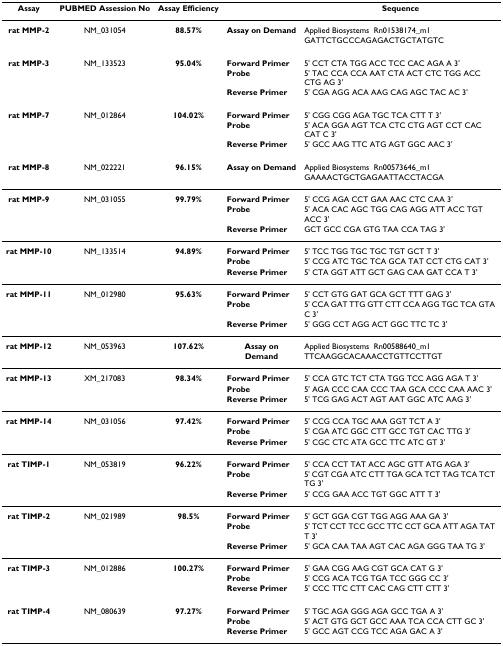
<table><thead><tr><td><b>Assay</b></td><td><b>PUBMED Assession No</b></td><td><b>Assay Efficiency</b></td><td></td><td><b>Sequence</b></td></tr></thead><tbody><tr><td><b>rat MMP-2</b></td><td>NM_031054</td><td><b>88.57%</b></td><td><b>Assay on Demand</b></td><td>Applied Biosystems - Rn01538174_m1</td></tr><tr><td></td><td></td><td></td><td></td><td>GATTCTGCCCAGAGACTGCTATGTC</td></tr><tr><td><b>rat MMP-3</b></td><td>NM_133523</td><td><b>95.04%</b></td><td><b>Forward Primer</b></td><td>5&#x27; CCT CTA TGG ACC TCC CAC AGA A 3&#x27;</td></tr><tr><td></td><td></td><td></td><td><b>Probe</b></td><td>5&#x27; TAC CCA CCA AAT CTA ACT CTC TGG ACC CTG AG 3&#x27;</td></tr><tr><td></td><td></td><td></td><td><b>Reverse Primer</b></td><td>5&#x27; CGA AGG ACA AAG CAG AGC TAC AC 3&#x27;</td></tr><tr><td><b>rat MMP-7</b></td><td>NM_012864</td><td><b>104.02%</b></td><td><b>Forward Primer</b></td><td>5&#x27; CGG CGG AGA TGC TCA CTT T 3&#x27;</td></tr><tr><td></td><td></td><td></td><td><b>Probe</b></td><td>5&#x27; ACA GGA AGT TCA CTC CTG AGT CCT CAC CAT C 3&#x27;</td></tr><tr><td></td><td></td><td></td><td><b>Reverse Primer</b></td><td>5&#x27; GCC AAG TTC ATG AGT GGC AAC 3&#x27;</td></tr><tr><td><b>rat MMP-8</b></td><td>NM_022221</td><td><b>96.15%</b></td><td><b>Assay on Demand</b></td><td>Applied Biosystems - Rn00573646_m1</td></tr><tr><td></td><td></td><td></td><td></td><td>GAAAACTGCTGAGAATTACCTACGA</td></tr><tr><td><b>rat MMP-9</b></td><td>NM_031055</td><td><b>99.79%</b></td><td><b>Forward Primer</b></td><td>5&#x27; CCG AGA CCT GAA AAC CTC CAA 3&#x27;</td></tr><tr><td></td><td></td><td></td><td><b>Probe</b></td><td>5&#x27; ACA CAC AGC TGG CAG AGG ATT ACC TGT ACC 3&#x27;</td></tr><tr><td></td><td></td><td></td><td><b>Reverse Primer</b></td><td>GCT GCC CGA GTG TAA CCA TAG 3&#x27;</td></tr><tr><td><b>rat MMP-10</b></td><td>NM_133514</td><td><b>94.89%</b></td><td><b>Forward Primer</b></td><td>5&#x27; TCC TGG TGC TGC TGT GCT T 3&#x27;</td></tr><tr><td></td><td></td><td></td><td><b>Probe</b></td><td>5&#x27; CCG ATC TGC TCA GCA TAT CCT CTG CAT 3&#x27;</td></tr><tr><td></td><td></td><td></td><td><b>Reverse Primer</b></td><td>5&#x27; CTA GGT ATT GCT GAG CAA GAT CCA T 3&#x27;</td></tr><tr><td><b>rat MMP-11</b></td><td>NM_012980</td><td><b>95.63%</b></td><td><b>Forward Primer</b></td><td>5&#x27; CCT GTG GAT GCA GCT TTT GAG 3&#x27;</td></tr><tr><td></td><td></td><td></td><td><b>Probe</b></td><td>5&#x27; CCA GAT TTG GTT CTT CCA AGG TGC TCA GTA C 3&#x27;</td></tr><tr><td></td><td></td><td></td><td><b>Reverse Primer</b></td><td>5&#x27; GGG CCT AGG ACT GGC TTC TC 3&#x27;</td></tr><tr><td><b>rat MMP-12</b></td><td>NM_053963</td><td><b>107.62%</b></td><td><b>Assay on</b></td><td>Applied Biosystems - Rn00588640_m1</td></tr><tr><td></td><td></td><td></td><td><b>Demand</b></td><td>TTCAAGGCACAAACCTGTTCCTTGT</td></tr><tr><td><b>rat MMP-13</b></td><td>XM_217083</td><td><b>98.34%</b></td><td><b>Forward Primer</b></td><td>5&#x27; CCA GTC TCT CTA TGG TCC AGG AGA T 3&#x27;</td></tr><tr><td></td><td></td><td></td><td><b>Probe</b></td><td>5&#x27; AGA CCC CAA CCC TAA GCA CCC CAA AAC 3&#x27;</td></tr><tr><td></td><td></td><td></td><td><b>Reverse Primer</b></td><td>5&#x27; TCG GAG ACT AGT AAT GGC ATC AAG 3&#x27;</td></tr><tr><td><b>rat MMP-14</b></td><td>NM_031056</td><td><b>97.42%</b></td><td><b>Forward Primer</b></td><td>5&#x27; CCG CCA TGC AAA GGT TCT A 3&#x27;</td></tr><tr><td></td><td></td><td></td><td><b>Probe</b></td><td>5&#x27; CGA ATC GGC CTT GCC TGT CAC TTG 3&#x27;</td></tr><tr><td></td><td></td><td></td><td><b>Reverse Primer</b></td><td>5&#x27; CGC CTC ATA GCC TTC ATC GT 3&#x27;</td></tr><tr><td><b>rat TIMP-1</b></td><td>NM_053819</td><td><b>96.22%</b></td><td><b>Forward Primer</b></td><td>5&#x27; CCA CCT TAT ACC AGC GTT ATG AGA 3&#x27;</td></tr><tr><td></td><td></td><td></td><td><b>Probe</b></td><td>5&#x27; CGT CGA ATC CTT TGA GCA TCT TAG TCA TCT TG 3&#x27;</td></tr><tr><td></td><td></td><td></td><td><b>Reverse Primer</b></td><td>5&#x27; CCG GAA ACC TGT GGC ATT T 3&#x27;</td></tr><tr><td><b>rat TIMP-2</b></td><td>NM_021989</td><td><b>98.5%</b></td><td><b>Forward Primer</b></td><td>5&#x27; GCT GGA CGT TGG AGG AAA GA 3&#x27;</td></tr><tr><td></td><td></td><td></td><td><b>Probe</b></td><td>5&#x27; TCT CCT TCC GCC TTC CCT GCA ATT AGA TAT T 3&#x27;</td></tr><tr><td></td><td></td><td></td><td><b>Reverse Primer</b></td><td>5&#x27; GCA CAA TAA AGT CAC AGA GGG TAA TG 3&#x27;</td></tr><tr><td><b>rat TIMP-3</b></td><td>NM_012886</td><td><b>100.27%</b></td><td><b>Forward Primer</b></td><td>5&#x27; GAA CGG AAG CGT GCA CAT G 3&#x27;</td></tr><tr><td></td><td></td><td></td><td><b>Probe</b></td><td>5&#x27; CCG ACA TCG TGA TCC GGG CC 3&#x27;</td></tr><tr><td></td><td></td><td></td><td><b>Reverse Primer</b></td><td>5&#x27; CCC TTC CTT CAC CAG CTT CTT 3&#x27;</td></tr><tr><td><b>rat TIMP-4</b></td><td>NM_080639</td><td><b>97.27%</b></td><td><b>Forward Primer</b></td><td>5&#x27; TGC AGA GGG AGA GCC TGA A 3&#x27;</td></tr><tr><td></td><td></td><td></td><td><b>Probe</b></td><td>5&#x27; ACT GTG GCT GCC AAA TCA CCA CTT GC 3&#x27;</td></tr><tr><td></td><td></td><td></td><td><b>Reverse Primer</b></td><td>5&#x27; GCC AGT CCG TCC AGA GAC A 3&#x27;</td></tr></tbody></table>